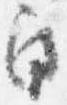
角